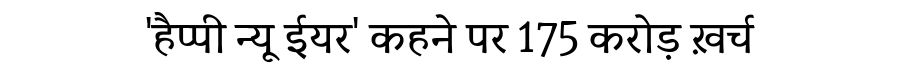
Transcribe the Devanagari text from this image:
'हैप्पी न्यू ईयर' कहने पर 175 करोड़ ख़र्च